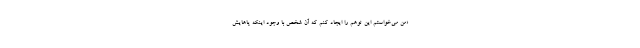
«من می‌خواستم این توهم را ایجاد کنم که آن شخص با وجود اینکه پاهایش